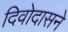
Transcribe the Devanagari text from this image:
दिवोदासने